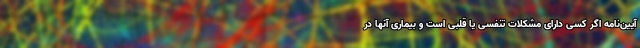
آیین‌نامه اگر کسی دارای مشکلات تنفسی یا قلبی است و بیماری آنها در